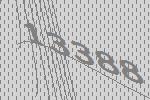
13388